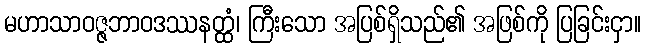
မဟာသာဝဇ္ဇဘာဝဒဿနတ္ထံ၊ ကြီးသော အပြစ်ရှိသည်၏ အဖြစ်ကို ပြခြင်းငှာ။